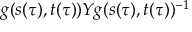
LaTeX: g ( s ( \tau ) , t ( \tau ) ) Y g ( s ( \tau ) , t ( \tau ) ) ^ { - 1 }